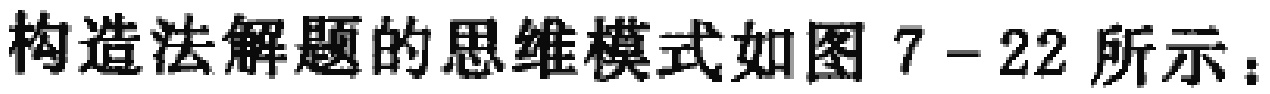
构造法解题的思维模式如图 7 - 22 所示：